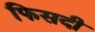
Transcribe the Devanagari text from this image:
फिसदी